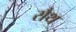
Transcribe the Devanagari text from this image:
रौथ